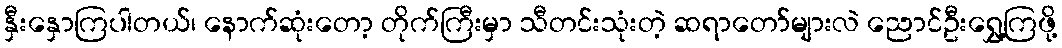
နှီးနှောကြပါတယ်၊ နောက်ဆုံးတော့ တိုက်ကြီးမှာ သီတင်းသုံးတဲ့ ဆရာတော်များလဲ ညောင်ဦးရွှေ့ကြဖို့